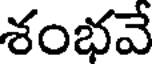
శంభవే